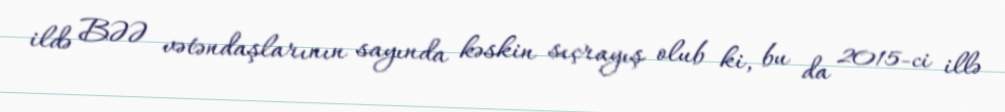
ildə BƏƏ vətəndaşlarının sayında kəskin sıçrayış olub ki, bu da 2015-ci illə